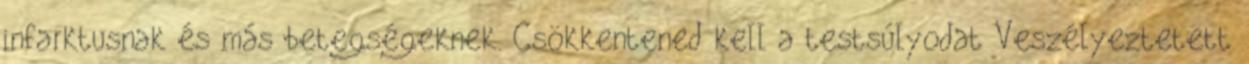
infarktusnak és más betegségeknek. Csökkentened kell a testsúlyodat Veszélyeztetett